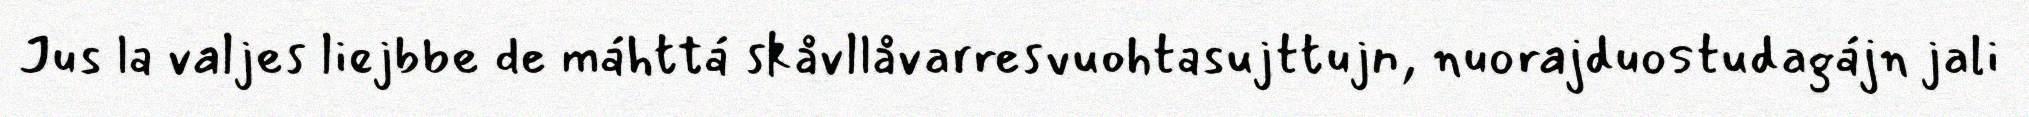
Jus la valjes liejbbe de máhttá skåvllåvarresvuohtasujttujn, nuorajduostudagájn jali